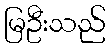
မြဦးသည်